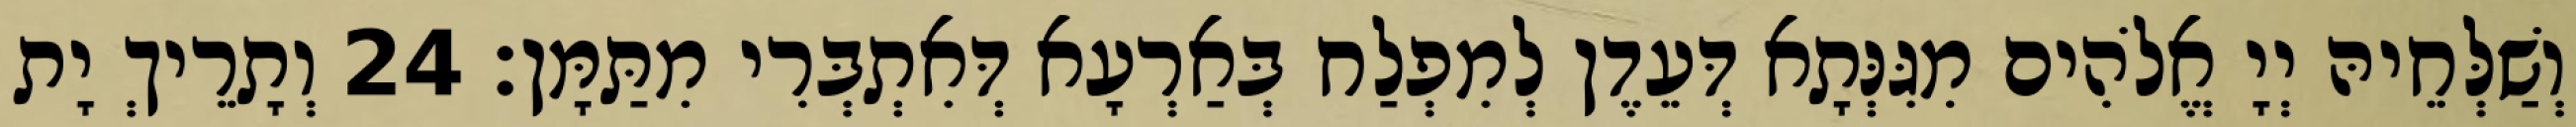
וְשַׁלְּחֵיהּ יְיָ אֱלֹהִים מִגִּנְּתָא דְּעֵדֶן לְמִפְלַח בְּאַרְעָא דְּאִתְבְּרִי מִתַּמָּן׃ 24 וְתָרֵיךְ יָת